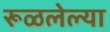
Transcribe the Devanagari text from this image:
रूळलेल्या